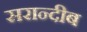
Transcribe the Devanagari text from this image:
सरान्दीब